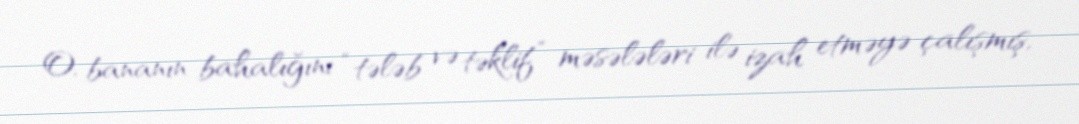
O, bananın bahalığını “tələb və təklif” məsələləri ilə izah etməyə çalışmış,